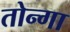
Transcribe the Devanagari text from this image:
तोन्गा